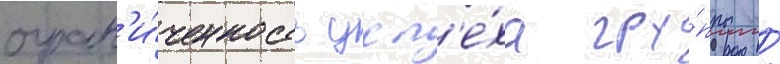
огран'и́ченность усп'е́ха гру́ппы /